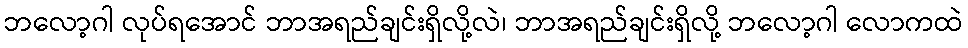
ဘလော့ဂါ လုပ်ရအောင် ဘာအရည်ချင်းရှိလို့လဲ၊ ဘာအရည်ချင်းရှိလို့ ဘလော့ဂါ လောကထဲ